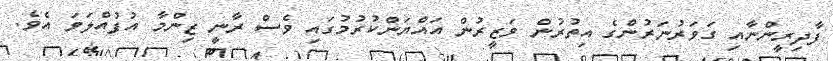
ފާދިރީންނާއި ގަވަރުނަރުންގެ އިތުރުން ވަޒީރުން އައްޔަންކުރުމުގައި ވެސް ރާނީ ޒިންމާ އުފުއްލަވަ އެވެ.